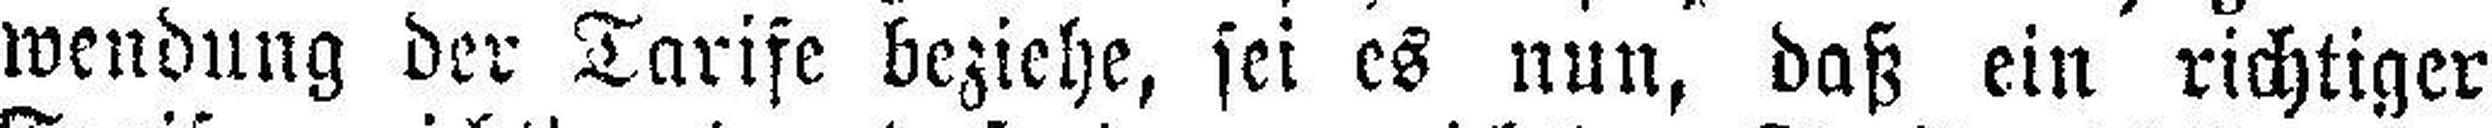
wendung der Tarife beziehe, sei es nun, daß ein richtiger